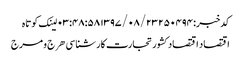
کدخبر: ۲۵۰۴۹۴ ۱۳۹۷/۰۸/۲۳ ۰۳:۴۸:۵۸ لینک کوتاه
اقتصاد اقتصاد کشور تجارت کارشناسی هرج و مرج